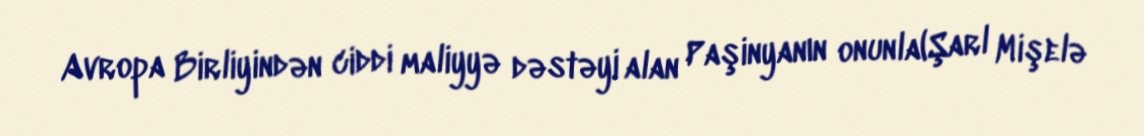
Avropa Birliyindən ciddi maliyyə dəstəyi alan Paşinyanın onunla(Şarl Mişelə